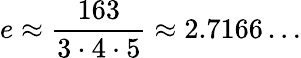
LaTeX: e\approx{\frac{163}{3\cdot 4\cdot 5}}\approx 2.7166\dots